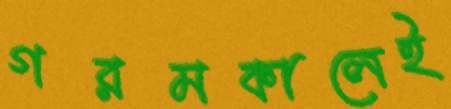
গরমকালেই